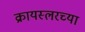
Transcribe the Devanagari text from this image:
क्रायस्लरच्या